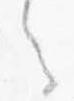
之